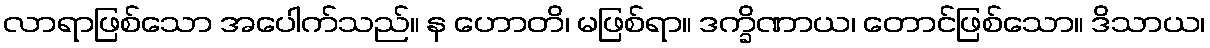
လာရာဖြစ်သော အပေါက်သည်။ န ဟောတိ၊ မဖြစ်ရာ။ ဒက္ခိဏာယ၊ တောင်ဖြစ်သော။ ဒိသာယ၊